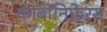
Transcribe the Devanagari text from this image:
कार्बोंनिफेरस